画像に写った文字を読んでください
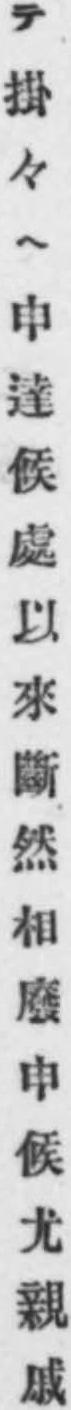
「テ掛々ヘ申達候處以來斷然相廢申候尤親戚」と書いてあります